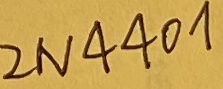
Text: 2N4401